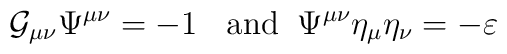
{\cal G}_{\mu\nu}\Psi^{\mu\nu}=-1\;\; \mbox{ and}\;\; \Psi^{\mu\nu}\eta_{\mu}\eta_{\nu}=-\varepsilon